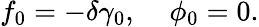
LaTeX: f_{0}=-\delta\gamma_{0},\; \; \; \; \phi_{0}=0.